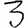
Digit: 3